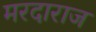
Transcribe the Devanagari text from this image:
मरदाराज